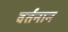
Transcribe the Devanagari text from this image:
वर्तनान